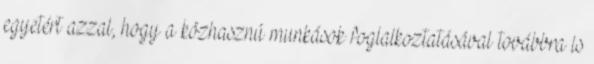
egyetért azzal, hogy a közhasznú munkások foglalkoztatásával továbbra is